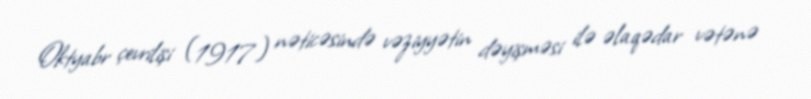
Oktyabr çevrilişi (1917) nəticəsində vəziyyətin dəyişməsi ilə əlaqədar vətənə